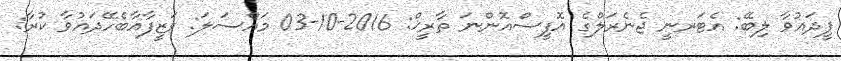
ޕީދައުވާ ލިބޭ: އެޓަރނީ ޖެނެރަލްގެ އޮފީސްއޮންނަ ތާރީޚް: 2016-10-03 މައްސަލަ: ވަޒީފާއާބެހޭދައުވާ ކުރާ: